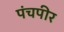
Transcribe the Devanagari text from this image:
पंचपीर